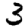
Digit: 3